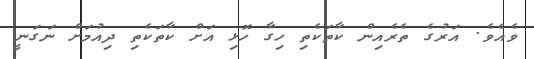
ވެއެވެ. އަރުގެ ތެރެއިން ކާތަކެތި ހިގާ ހޮޅި އަށް ކާތަކެތި ދިއުމަށް ނަގަނީ